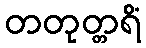
တတုတ္တရိံ